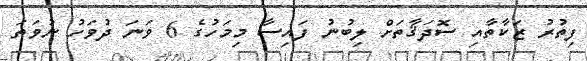
ފިތުރު ޒަކާތާއި ސޮދަޤާތަށް ލިބުނު ފައިސާ މިމަހުގެ 6 ވަނަ ދުވަހު ނުވަތަ